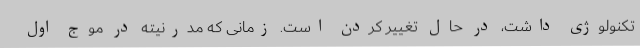
تکنولوژی داشت، در حال تغییر کردن است. زمانی که مدرنیته در موج اول